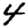
Digit: 4